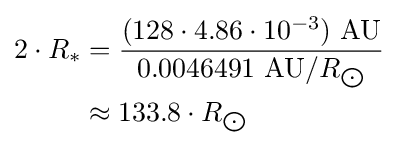
{\begin{aligned}2\cdot R_{*}&={\frac {(128\cdot 4.86\cdot 10^{-3})\ {\text{AU}}}{0.0046491\ {\text{AU}}/R_{\bigodot }}}\\&\approx 133.8\cdot R_{\bigodot }\end{aligned}}